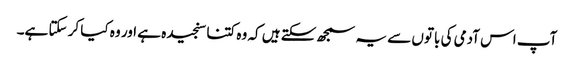
آپ اس آدمی کی باتوں سے یہ سمجھ سکتے ہیں کہ وہ کتنا سنجیدہ ہے اور وہ کیا کر سکتا ہے۔